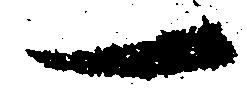
一